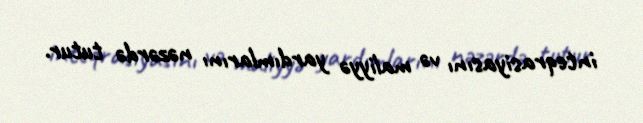
inteqrasiyasını və maliyyə yardımlarını nəzərdə tutur.